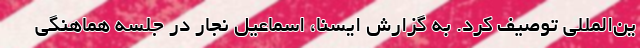
ین‌المللی توصیف کرد. به گزارش ایسنا، اسماعیل نجار در جلسه هماهنگی